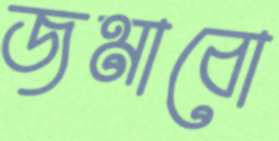
জমাবো